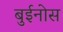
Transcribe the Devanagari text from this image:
बुईनोस